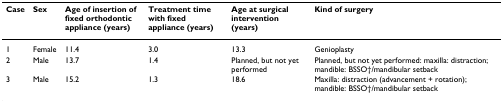
<table><thead><tr><td><b>Case</b></td><td><b>Sex</b></td><td><b>Age of insertion of fixed orthodontic appliance (years)</b></td><td><b>Treatment time with fixed appliance (years)</b></td><td><b>Age at surgical intervention (years)</b></td><td><b>Kind of surgery</b></td></tr></thead><tbody><tr><td>1</td><td>Female</td><td>11.4</td><td>3.0</td><td>13.3</td><td>Genioplasty</td></tr><tr><td>2</td><td>Male</td><td>13.7</td><td>1.4</td><td>Planned, but not yet performed</td><td>Planned, but not yet performed: maxilla: distraction; mandible: BSSO†/mandibular setback</td></tr><tr><td>3</td><td>Male</td><td>15.2</td><td>1.3</td><td>18.6</td><td>Maxilla: distraction (advancement + rotation); mandible: BSSO†/mandibular setback</td></tr></tbody></table>